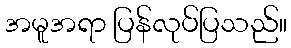
အမူအရာ ပြန်လုပ်ပြသည်။